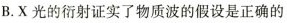
B. X光的衍射证实了物质波的假设是正确的